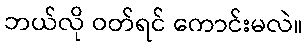
ဘယ်လို ဝတ်ရင် ကောင်းမလဲ။